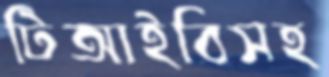
টিআইবিসহ